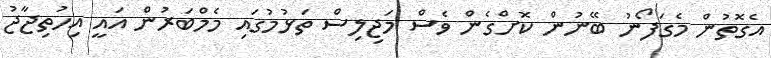
އެގޮތުން މެގަފޯނު ބޭނުން ކޮށްގެން ވެސް މަޖިލިސް ތަޅުމުގައި މެމްބަރުން އައީ އިހުތިޖާޖު